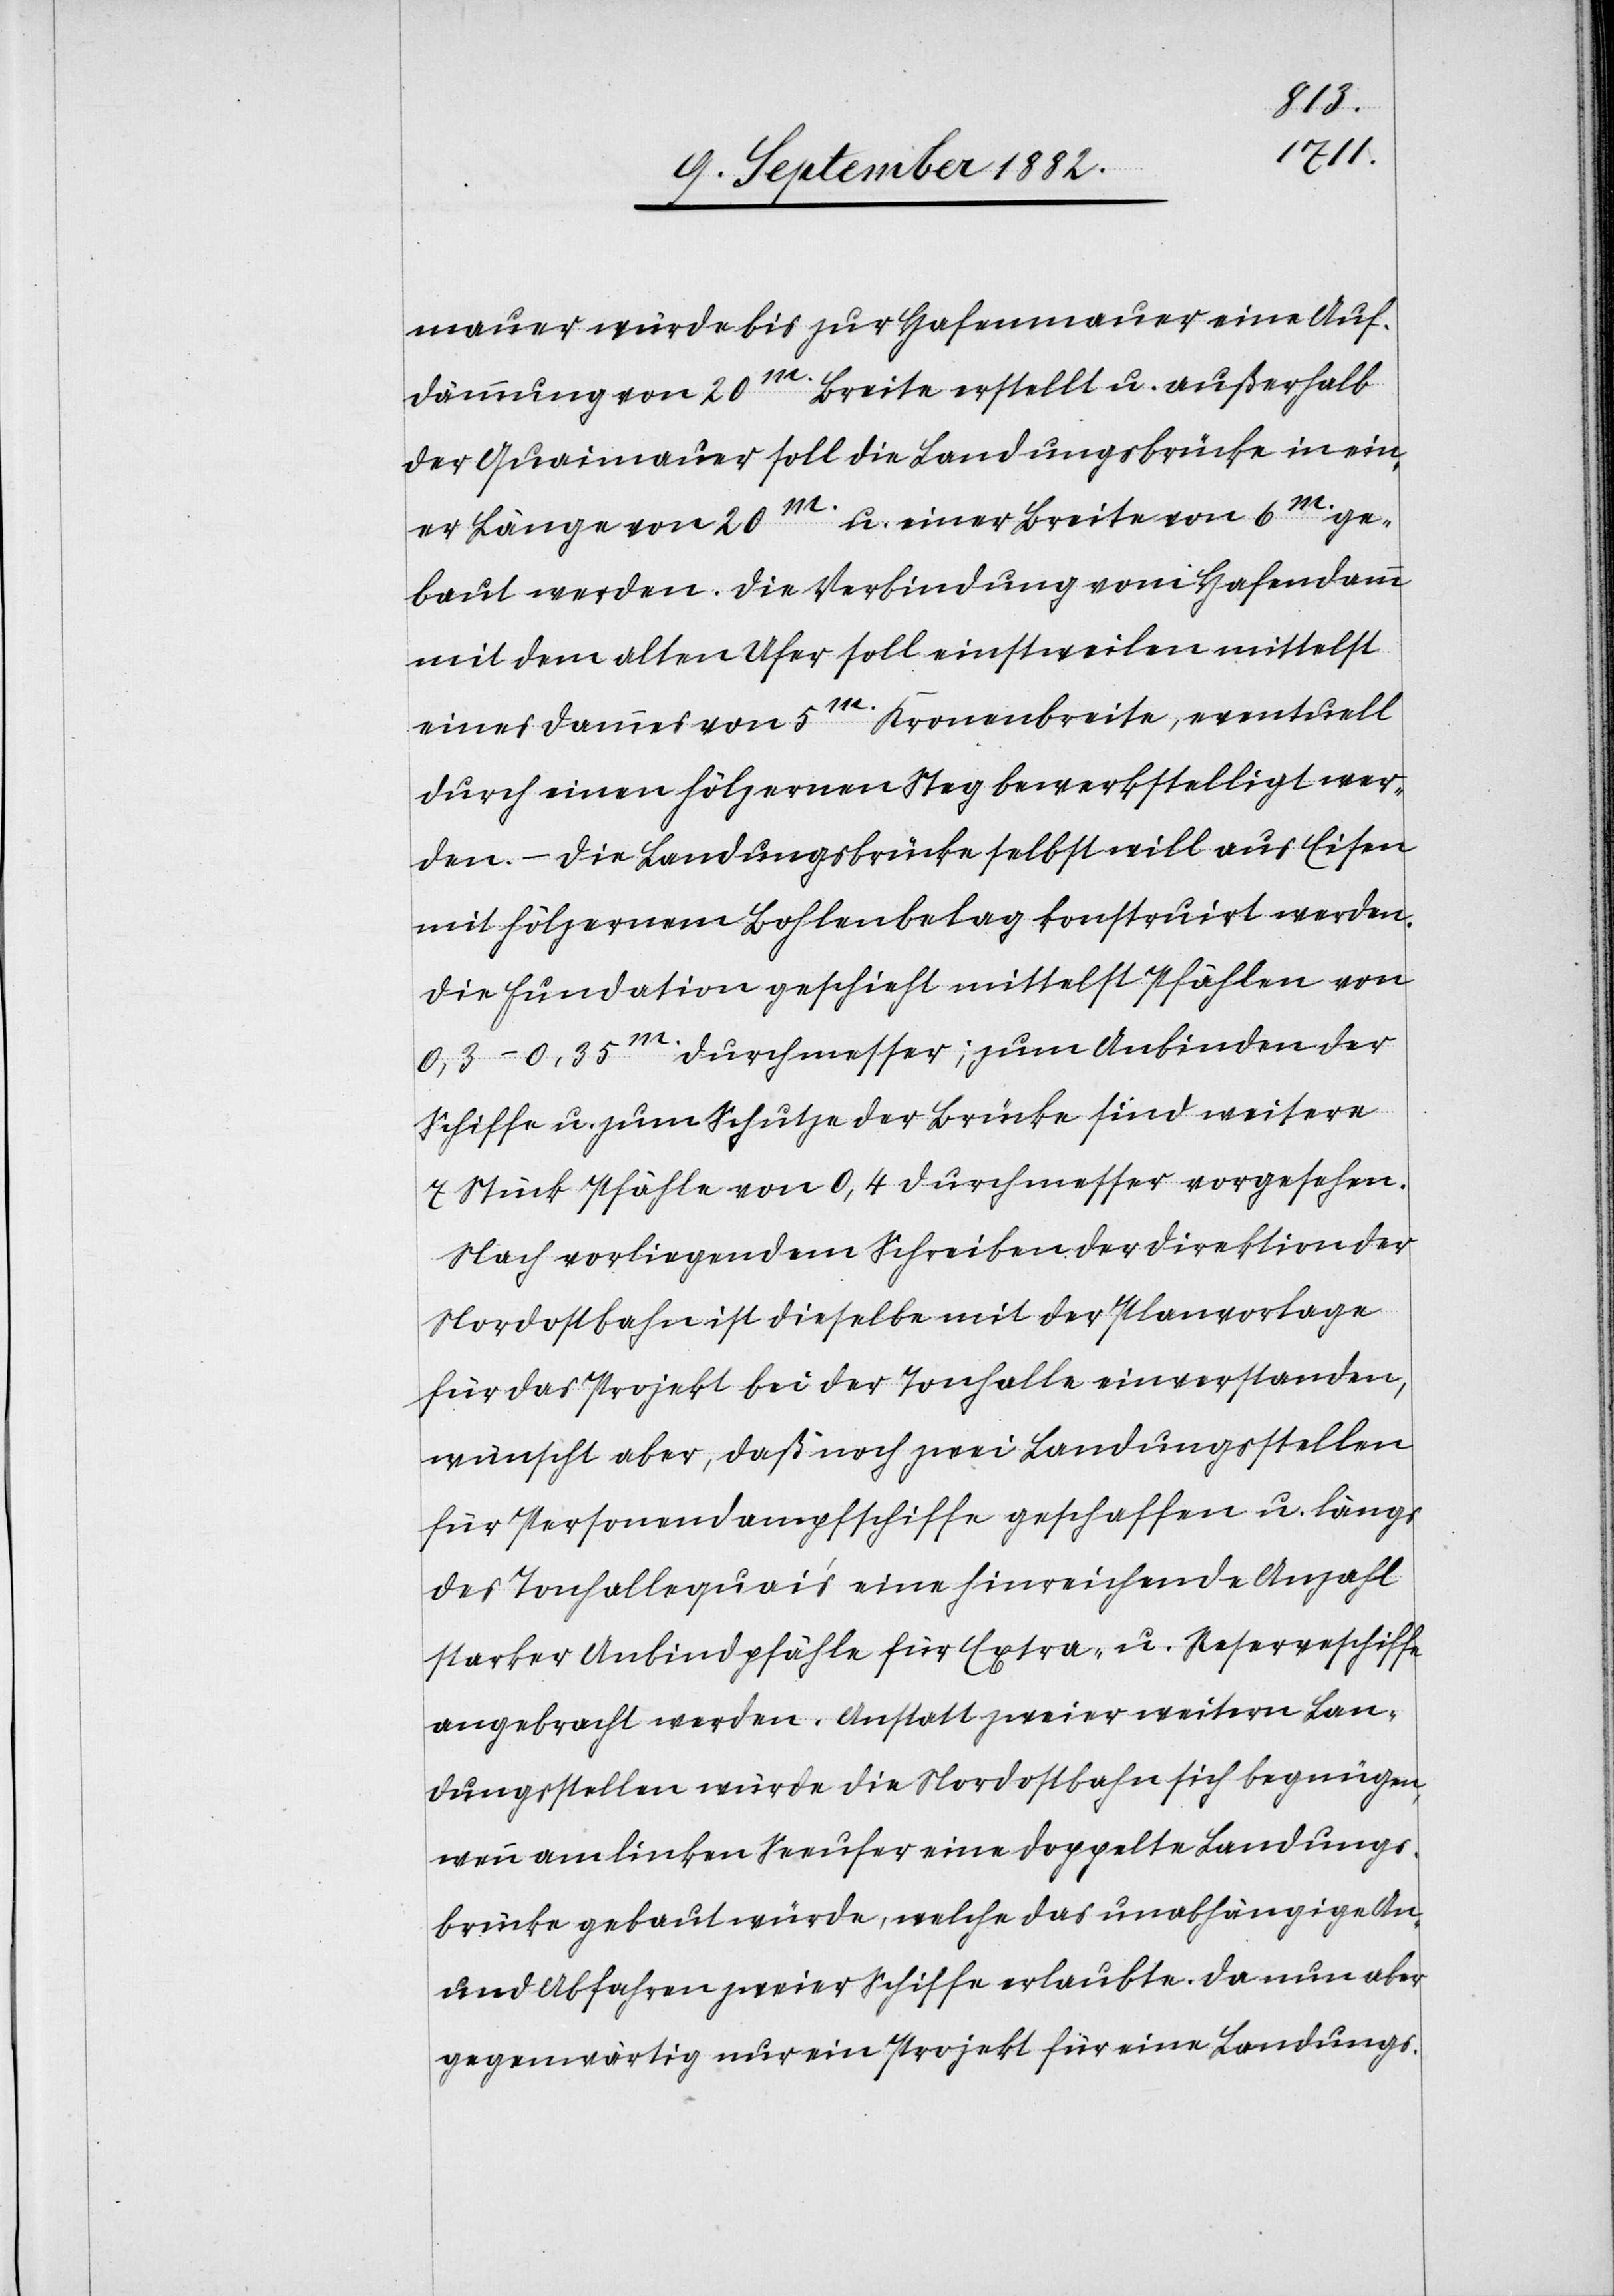
mauer würde bis zur Hafenmauer eine Auf¬
dämmung von 20m. Breite erstellt u. außerhalb
der Quaimauer soll die Landungsbrücke in ein¬
er Länge von 20m u. einer Breite von 6m ge¬
baut werden. Die Verbindung von Hafendamm
mit dem alten Ufer soll einstweilen mittelst
eines Dammes von 5m. Kronenbreite, eventuell
durch einen hölzernen Steg bewerkstelligt wer¬
den. – Die Landungsbrücke selbst will aus Eisen
mit hölzernen Bohlenbelag konstruirt werden.
Die Fundation geschieht mittelst Pfählen von
0,3–0,35m. Durchmesser; zum Anbinden der
Schiffe u. zum Schutze der Brücke sind weitere
7 Stück Pfähle von 0,4 Durchmesser vorgesehen.
Nach vorliegendem Schreiben der Direktion der
Nordostbahn ist dieselbe mit der Planvorlage
für das Projekt bei der Tonhalle einverstanden,
wünscht aber, daß noch zwei Landungsstellen
für Personendampfschiffe geschaffen u. längs
des Tonhallequai’s eine hinreichende Anzahl
starker Anbindpfähle für Extra- u. Reserveschiffe
angebracht werden. Anstatt zweier weitern Lan¬
dungsstellen würde die Nordostbahn sich begnügen,
wenn am linken Seeufer eine doppelte Landungs¬
brücke gebaut würde, welche das unabhängige An-
und Abfahren zweier Schiffe erlaubte. Da nun aber
gegenwärtig nur ein Projekt für eine Landungs-